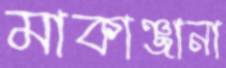
মাকাঞ্জানা